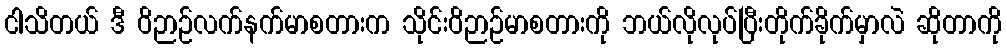
ငါသိတယ် ဒီ ဝိဉာဉ်လက်နက်မာစတားက သိုင်းဝိဉာဉ်မာစတားကို ဘယ်လိုလုပ်ပြီးတိုက်ခိုက်မှာလဲ ဆိုတာကို